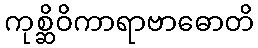
ကုစ္ဆိဝိကာရာဗာဓောတိ